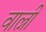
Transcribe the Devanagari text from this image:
वाल्नी